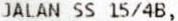
JALAN SS 15/4B,